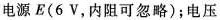
电源E(6V，内阻可忽略)；电压